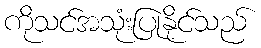
ကိုသင်အသုံးပြုနိုင်သည်